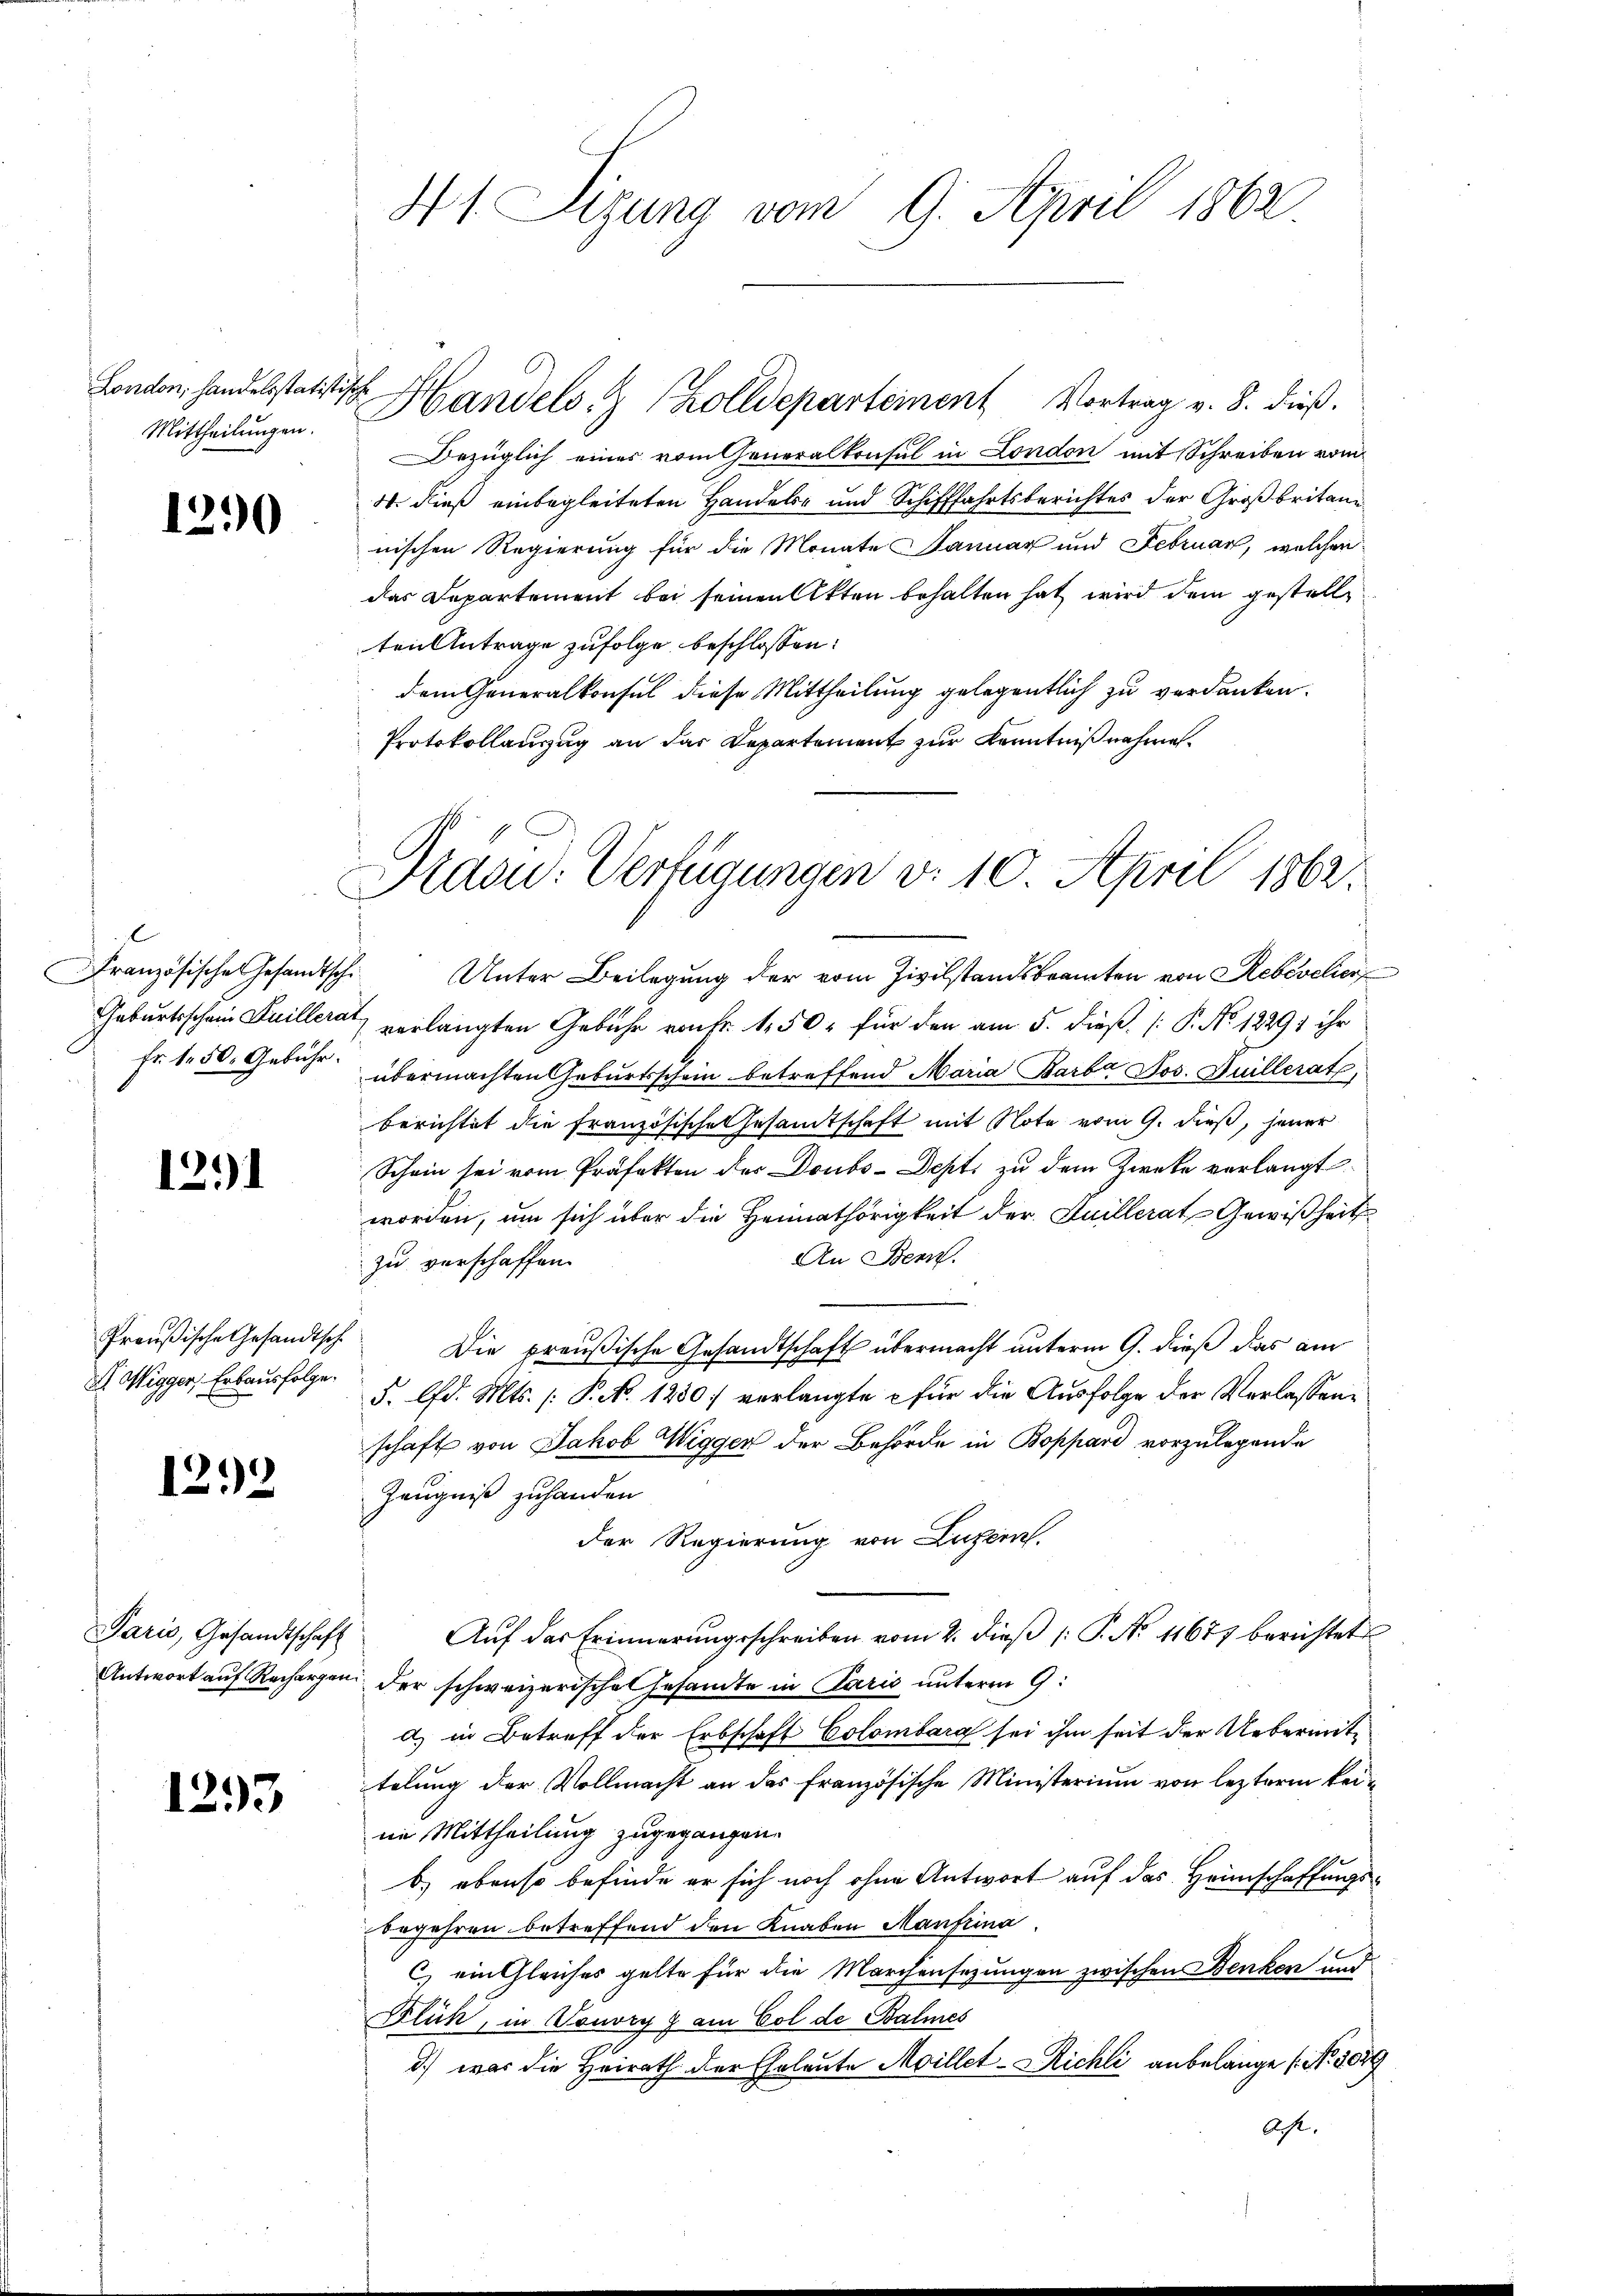
London, handelsstatistische
Mittheilungen.

1290

C
Französische Gesandtschi

1291

X Wigger, Erbausfolge.

1292

Paris, Gesandtschaft

1293

41. Sizung vom 9. April 1862

Handels- & Zolldeparteinen Vortrag v. 8. dieß.
Bezüglich eines vom Generalkonsul in London mit Schreiben vom
W. dieß einbegleiteten Handels- und Schifffahrtsberichtes der Großbritannischen Regierung für die Monate Januar und Februar, welchen
das Departement bei seinen Akten behalten hat wird dem gestelle
ten Antrage zufolge beschlossen:
dem Generalkonsul diese Mittheilung gelegentlich zu verdanken.
Protokollanzug an das Departement zur Kenntnißnahme.

Präsid. Verfügungen d. 10. April 1862.

Unter Beilegung der vom Zivilstandsbeamten von Rebevelier
Geburtsschein Guiller verlangten Gebühr von Fr. 150 für den am 5. dieß P. No 12291 ihr
Fr. 1. 50. Gebühr übermachten Geburtsschein betreffend Maria Barba Jos. Guillerath,
berichtet die französische Gesandtschaft mit Note vom 9. dieß, jener
Schein sei vom Präfekten des Doubs-Dept, zu dem Zweke verlangt
worden, um sich über die Heimathörigkeit der Juillerat Gewißheits
An Bern.
zu verschaffen.
Preußische Gesandtsch. Die preußische Gesandtschaft übermacht unterm 9. dieß das am
5. lfd. Mts. (: P. N. 1250) verlangte für die Ausfolge der Verlassenschaft von Jakob Wigger der Behörde in Boppard vorzulegende
Zeugniß zuhanden
der Regierung von Luzern.
Aŭf der Erinnerŭngsschreiben vom 2. dieβ (: P. No 11677 berichtet
Antwort auf Rechargen der schweizerische Gesandte in Paris unterm 9.
d) in Betreff der Erbschaft Colombara sei ihm seit der Uebermittelung der Vollmacht an das französische Ministerium von leztere keiim Mittheilung zugegangen.
b) ebenso befinde er sich noch ohne Antwort auf das Heimschaffungsbegehren betreffend den Knaben Manfeina
c) ein Gleiches gelte für die Marchensezungen zwischen Denken und
Blüh, in Vouvry z am Col de Balmes
d) war die Heirath der Eheleute Moillet-Richli anbelange (No. 509
Acht